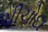
ચીચોદા